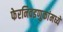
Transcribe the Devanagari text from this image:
फेरनिवडणुकांमध्ये